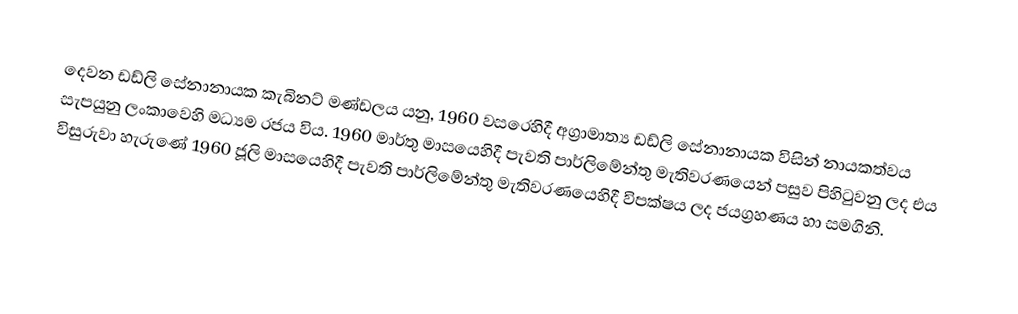
දෙවන ඩඩ්ලි සේනානායක කැබිනට් මණ්ඩලය යනු, 1960 වසරෙහිදී  අග්‍රාමාත්‍ය ඩඩ්ලි සේනානායක විසින් නායකත්වය සැපයුනු  ලංකාවෙහි මධ්‍යම රජය විය. 1960 මාර්තු මාසයෙහිදී පැවති පාර්ලිමේන්තු මැතිවරණයෙන් පසුව පිහිටුවනු ලද එය විසුරුවා හැරුණේ 1960 ජූලි මාසයෙහිදී පැවති  පාර්ලිමේන්තු මැතිවරණයෙහිදී විපක්ෂය ලද ජයග්‍රහණය හා සමගිනි.